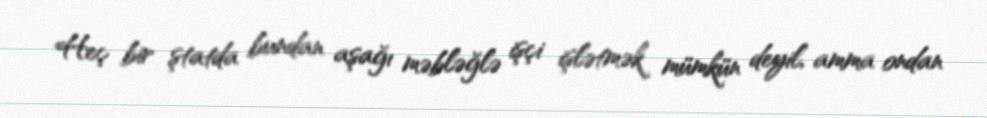
Heç bir ştatda bundan aşağı məbləğlə işçi işlətmək mümkün deyil, amma ondan